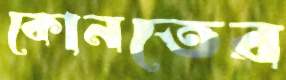
কোনতের